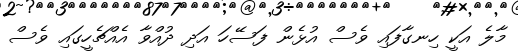
މާލެ އަކީ ހިނގާފައި ވެސް އުޅެން ފަސޭހަ އަދި ދުއްވާ އެއްޗެހީގައި ވެސް